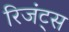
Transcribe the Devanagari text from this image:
रिजंट्स